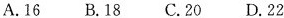
A.16 B.18 C.20 D.22